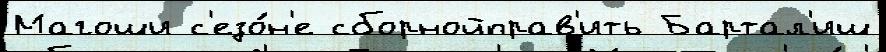
Магоши с'езо́н'е сборнойправ'ить Бартал'иш